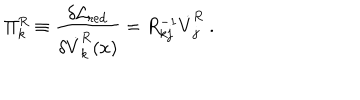
\Pi _ { k } ^ { R } \equiv { \frac { \delta { \cal L } _ { \mathrm { r e d } } } { \delta \dot { V } _ { k } ^ { R } ( x ) } } = R _ { k j } ^ { - 1 } \dot { V } _ { j } ^ { R } ~ .